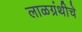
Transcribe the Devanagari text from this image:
लाळग्रंथीचे